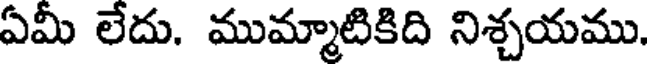
ఏమీ లేదు. ముమ్మాటికిది నిశ్చయము.